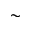
\sim